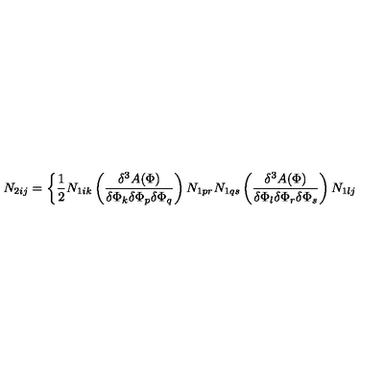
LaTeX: N _ { 2 i j } = \bigg \{ \frac { 1 } { 2 } N _ { 1 i k } \left( \frac { \delta ^ { 3 } A ( \Phi ) } { \delta \Phi _ { k } \delta \Phi _ { p } \delta \Phi _ { q } } \right) N _ { 1 p r } N _ { 1 q s } \left( \frac { \delta ^ { 3 } A ( \Phi ) } { \delta \Phi _ { l } \delta \Phi _ { r } \delta \Phi _ { s } } \right) N _ { 1 l j }